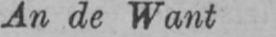
An de Want